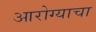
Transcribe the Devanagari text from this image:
आरोग्याचा